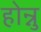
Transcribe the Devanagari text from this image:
होन्नु